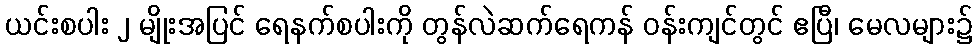
ယင်းစပါး ၂ မျိုးအပြင် ရေနက်စပါးကို တွန်လဲဆက်ရေကန် ဝန်းကျင်တွင် ဧပြီ၊ မေလများ၌